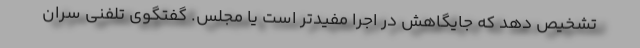
تشخیص دهد که جایگاهش در اجرا مفیدتر است یا مجلس. گفتگوی تلفنی سران